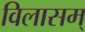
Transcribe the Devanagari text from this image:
विलासम्